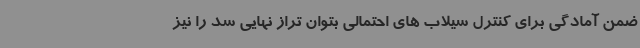
ضمن آمادگی برای کنترل سیلاب های احتمالی بتوان تراز نهایی سد را نیز